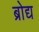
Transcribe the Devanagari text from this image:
ब्रोद्य